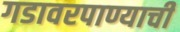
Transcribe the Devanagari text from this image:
गडावरपाण्याची